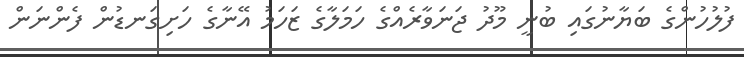
ފުލުހުންގެ ބަޔާނުގައި ބުނީ މޫދު ޖަނަވާރެއްގެ ހަމަލާގެ ޒަހަމު އޭނާގެ ހަށިގަނޑުން ފެންނަން